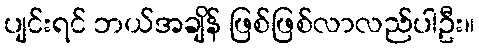
ပျင်းရင် ဘယ်အချိန် ဖြစ်ဖြစ်လာလည်ပါဦး။